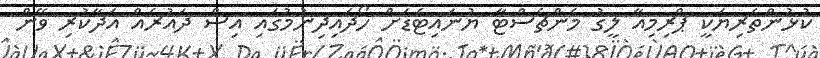
ކުޅުންތެރިޔަކީ ޕްރިމިއާ ލީގު މެންޗެސްޓާ ޔުނައިޓެޑަށް ހޯދައިދިނުމުގައި އިސް ދައުރެއް އަދާކުރި ވޭން